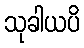
သုခါယပိ